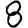
Digit: 8